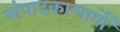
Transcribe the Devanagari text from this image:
संपादकाचार्यों